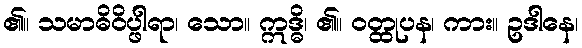
၏။ သမာဓိဝိပ္ဖါရာ၊ သော။ ဣဒ္ဓိ၊ ၏။ ဝတ္ထုပန၊ ကား။ ဥဒါနေ၊